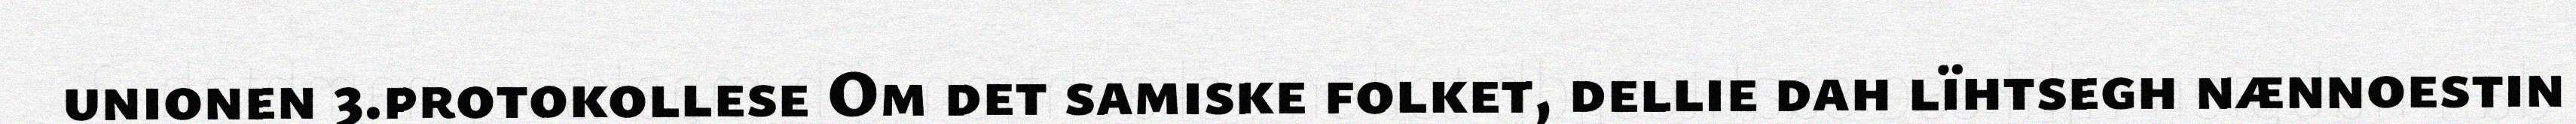
unionen 3.protokollese Om det samiske folket, dellie dah lïhtsegh nænnoestin